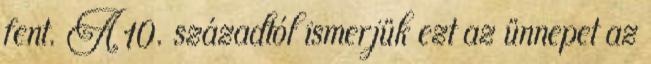
fent. A 10. századtól ismerjük ezt az ünnepet az